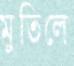
মুতিলে